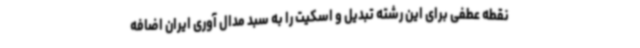
نقطه عطفی برای این رشته تبدیل و اسکیت را به سبد مدال آوری ایران اضافه